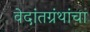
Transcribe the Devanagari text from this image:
वेदांतग्रंथांचा